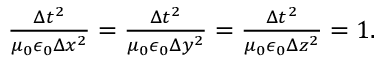
\begin{array} { r } { \frac { \Delta t ^ { 2 } } { \mu _ { 0 } \epsilon _ { 0 } \Delta x ^ { 2 } } = \frac { \Delta t ^ { 2 } } { \mu _ { 0 } \epsilon _ { 0 } \Delta y ^ { 2 } } = \frac { \Delta t ^ { 2 } } { \mu _ { 0 } \epsilon _ { 0 } \Delta z ^ { 2 } } = 1 . } \end{array}